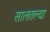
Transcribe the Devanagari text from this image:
सालतल्या